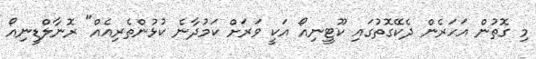
މި ގޮތުން އަހަރެން ދެކޭގޮތުގައި ކޫޓީނިއޯ އަކީ ވަރަށް ކަމުދާނެ ކުޅުންތެރިއެއް" ރޮނާލްޑީނިއޯ